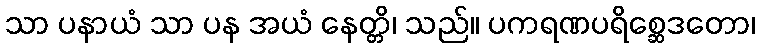
သာ ပနာယံ သာ ပန အယံ နေတ္တိ၊ သည်။ ပကရဏပရိစ္ဆေဒတော၊